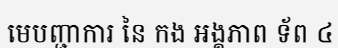
មេបញ្ជាការ នៃ កង អង្គភាព ទ័ព ៤